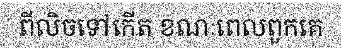
ពីលិចទៅកើត ខណៈពេលពួកគេ